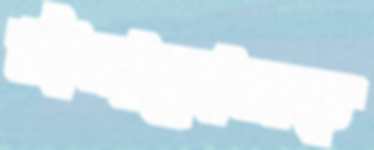
টানানোসহ